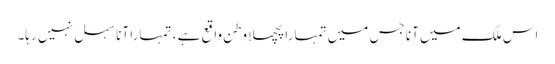
اس ملک میں آنا جس میں تمہارا پچھلا وطن واقع ہے ، تمہارا آنا سہل نہیں رہا۔